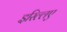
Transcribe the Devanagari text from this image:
इस्ल्लिए